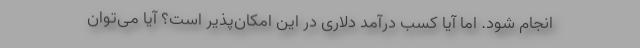
انجام شود. اما آیا کسب درآمد دلاری در این امکان‌پذیر است؟ آیا می‌توان